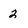
Character: 2